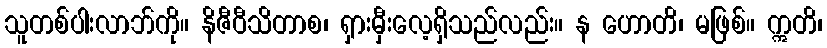
သူတစ်ပါးလာဘ်ကို။ နိဇီဝီသိတာစ၊ ရှားမှီးလေ့ရှိသည်လည်း။ န ဟောတိ၊ မဖြစ်။ ဣတိ၊